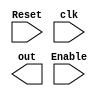
module Counter1(
    input Reset, Enable, clk,
    output [2:0] out
);

reg [2:0] out;

always @(posedge clk) 
begin
    if(Reset) begin
        Out = 3'b000;
    end
    else begin
        if(Enable) begin
            if(Out == 3'b111)
                Out = 3'b000;
            else
                Out = Out + 1;
        end
    end
end

endmodule
module Counter2(
    input clk, Reset, Load, Enable,
    input [7:0] Data_In,
    output [7:0] Out
);

reg [7:0] Out;

always @(posedge elk)
begin
    if(Reset)
        Out = 0;
    else
        if(Load)
            Out = Data_In;
        else
            if(Enable)
                Out = Out + 1;
end

endmodule
module Counter3(
    input clk, Reset, Load, Enable, Up_Down,
    input [7:0] Data_In,
    output [7:0] Out
);

reg [7:0] Out;

always @(posedge clk)
begin
    if(Reset)
        Out = 0;
    else
        if(Load)
            Out = Data_In;
        else
            if(Enable)
            begin
                if(Up_Down)
                    Out = Out + 1;
                else
                    Out = Out - 1;
            end
end

endmodule